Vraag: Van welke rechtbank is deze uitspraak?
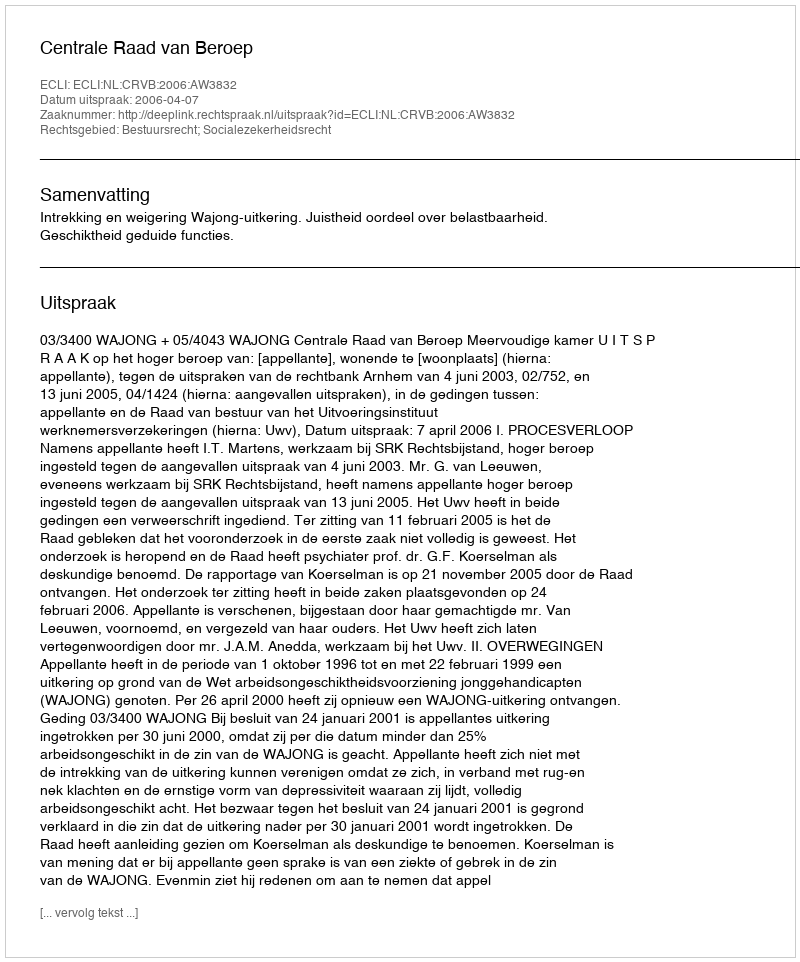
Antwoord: Centrale Raad van Beroep